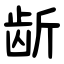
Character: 龂